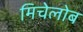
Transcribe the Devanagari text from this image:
मिचेलोब